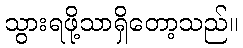
သွားရဖို့သာရှိတော့သည်။